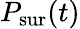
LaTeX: P_{\mathrm{sur}}(t)